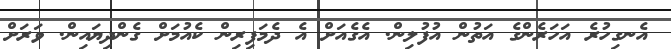
އެނގިހުރެ އަހަރެންގެ އަތުން އުފުލިން. އެގެއަށް އެ ދެމަފިރިން ކެއުމަށް ގެންދިޔައިން. ވަރަށް